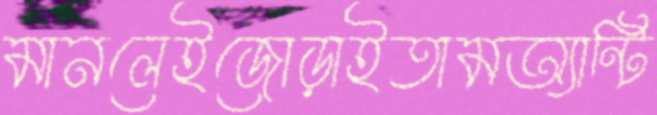
মানলেইজোড়াইতামঅ্যান্টি